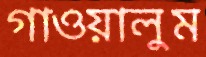
গাওয়ালুম